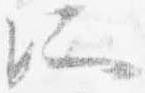
所